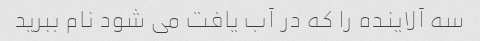
سه آلاینده را که در آب یافت می شود نام ببرید